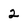
Character: 2